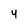
Character: 4